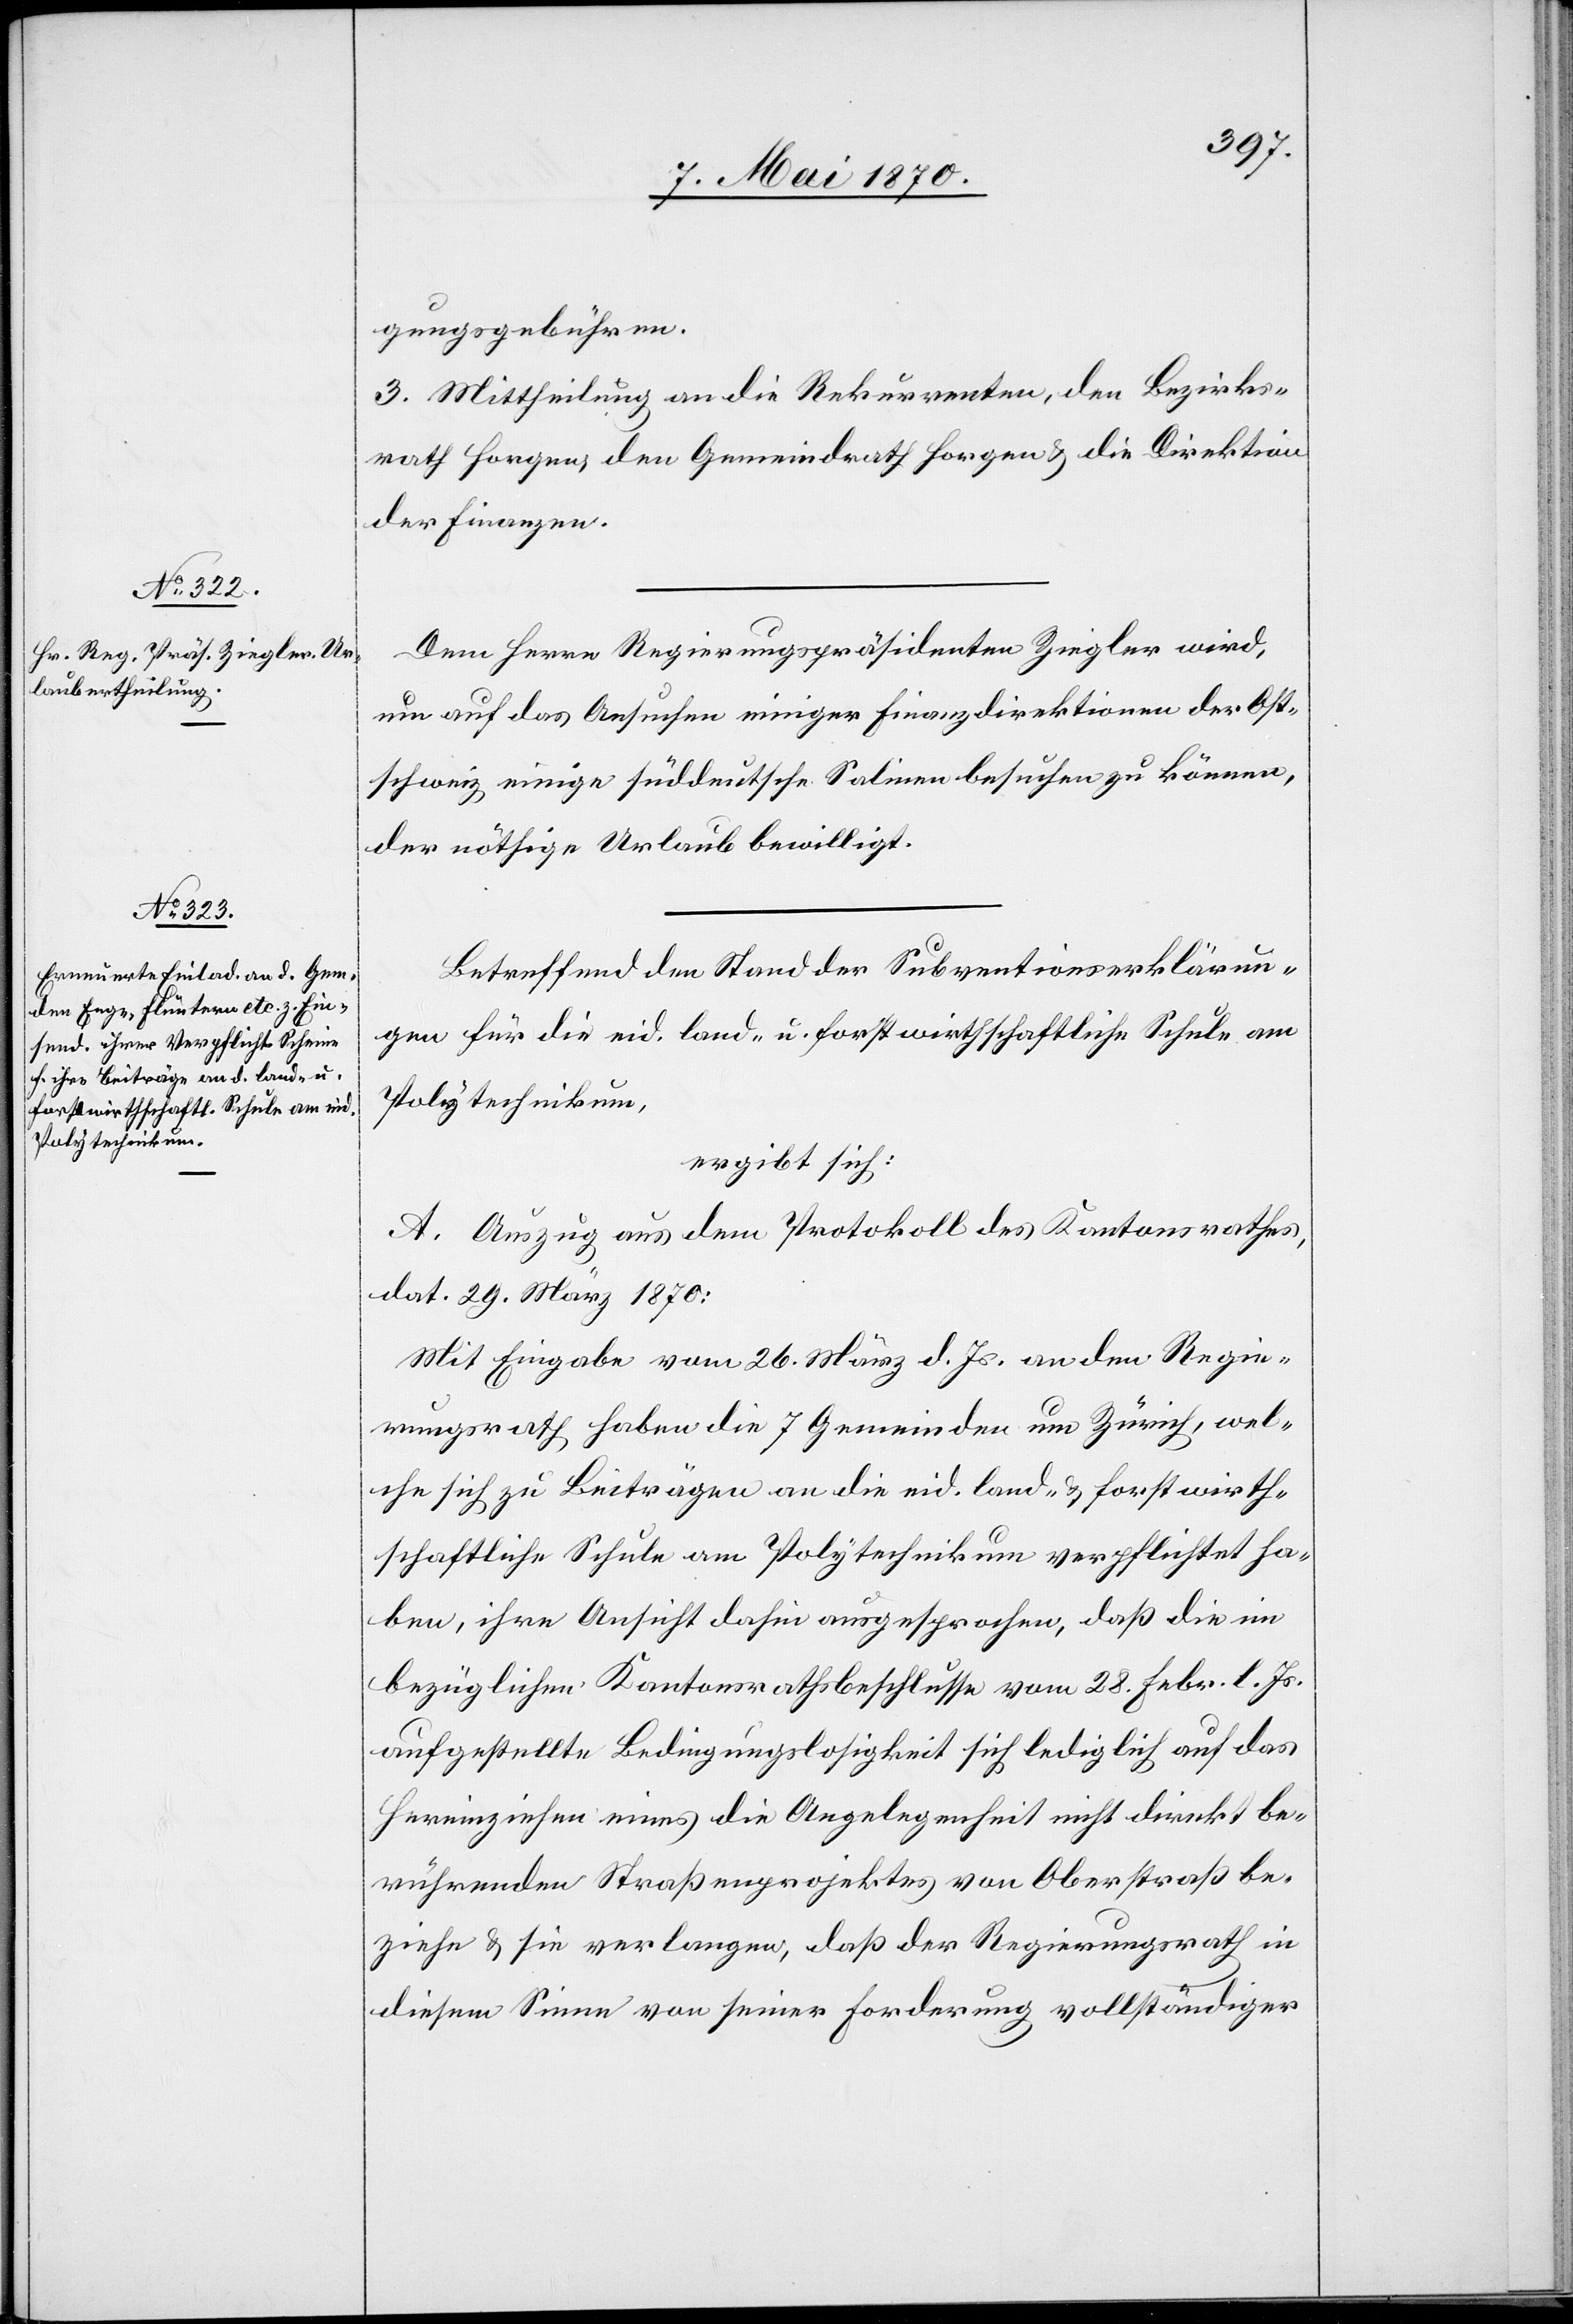
gungsgebühren.
3. Mittheilung an die Rekurrenten, den Bezirks¬
rath Horgen, den Gemeindrath Horgen & die Direktion
der Finanzen.
Dem Herrn Regierungspräsidenten Ziegler wird,
um auf das Ansuchen einiger Finanzdirektionen der Ost¬
schweiz einige süddeutsche Salinen besuchen zu können,
der nöthige Urlaub bewilligt.
Betreffend den Stand der Subventionserklärun¬
gen für die eid. land- u. forstwirthschaftliche Schule am
Polytechnikum,
ergibt sich:
A. Auszug aus dem Protokoll des Kantonsrathes,
dat. 29. März 1870.
Mit Eingabe vom 26. März d. Js. an den Regie¬
rungsrath haben die 7 Gemeinden um Zürich, wel¬
che sich zu Beiträgen an die eid. land- & forstwirth¬
schaftliche Schule am Polytechnikum verpflichtet ha¬
ben, ihre Ansicht dahin ausgesprochen, daß die im
bezüglichen Kantonsrathsbeschlusse vom 28. Febr. l. Js.
aufgestellte Bedingungslosigkeit sich lediglich auf das
Hereinziehen eines die Angelegenheit nicht direkt be¬
rührenden Straßenprojektes von Oberstraß be¬
ziehe & sie verlangen, daß der Regierungsrath in
diesem Sinne von seiner Forderung vollständiger